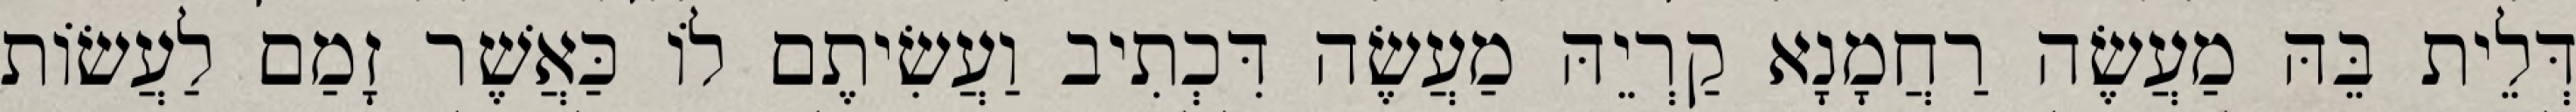
דְּלֵית בֵּהּ מַעֲשֶׂה רַחֲמָנָא קַרְיֵהּ מַעֲשֶׂה דִּכְתִיב וַעֲשִׂיתֶם לוֹ כַּאֲשֶׁר זָמַם לַעֲשׂוֹת